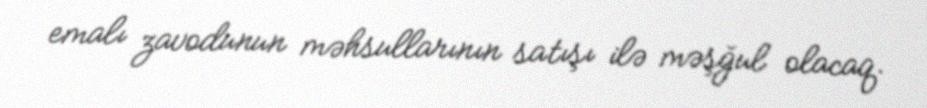
emalı zavodunun məhsullarının satışı ilə məşğul olacaq.